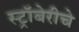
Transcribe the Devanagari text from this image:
स्ट्रॉबेरीचे